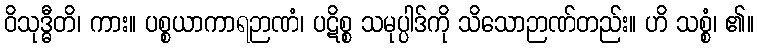
ဝိသုဒ္ဓီတိ၊ ကား။ ပစ္စယာကာရဉာဏံ၊ ပဋိစ္စ သမုပ္ပါဒ်ကို သိသောဉာဏ်တည်း။ ဟိ သစ္စံ၊ ၏။